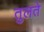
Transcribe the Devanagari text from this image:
तुलते